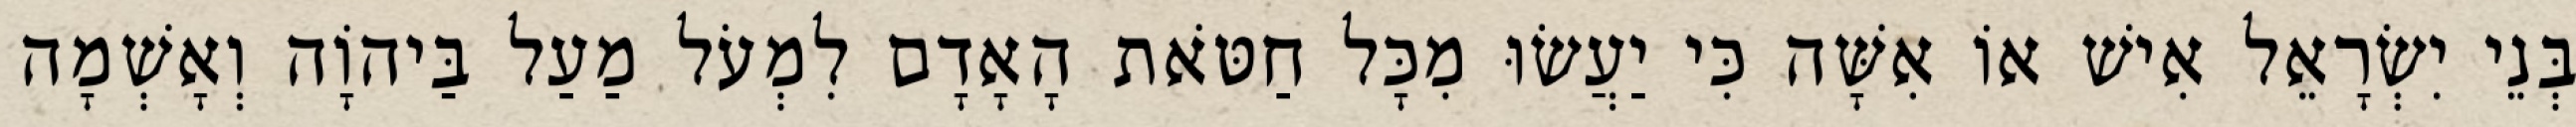
בְּנֵי יִשְׂרָאֵל אִישׁ אוֹ אִשָּׁה כִּי יַעֲשׂוּ מִכָּל חַטֹּאת הָאָדָם לִמְעֹל מַעַל בַּיהוָֹה וְאָשְׁמָה